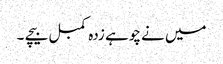
میں نے چوہے زدہ کمبل بیچے ۔